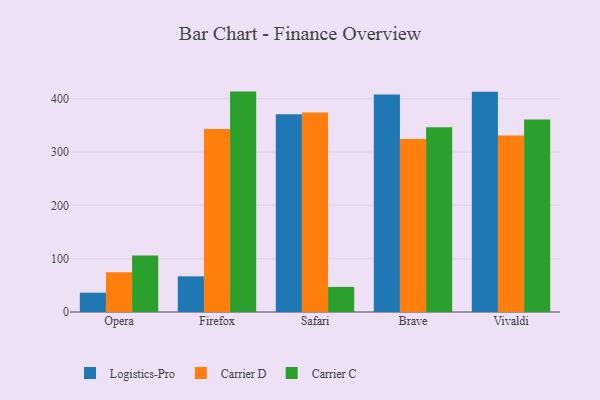
{"axis": {"x": "Browser", "y": "Market Share (%)"}, "legend": ["Carrier C", "Carrier D", "Logistics-Pro"], "data": [{"x": "Opera", "y": 36.3, "type": "Logistics-Pro"}, {"x": "Opera", "y": 74.5, "type": "Carrier D"}, {"x": "Opera", "y": 106.1, "type": "Carrier C"}, {"x": "Firefox", "y": 66.9, "type": "Logistics-Pro"}, {"x": "Firefox", "y": 343.3, "type": "Carrier D"}, {"x": "Firefox", "y": 413.3, "type": "Carrier C"}, {"x": "Safari", "y": 371.0, "type": "Logistics-Pro"}, {"x": "Safari", "y": 374.1, "type": "Carrier D"}, {"x": "Safari", "y": 47.0, "type": "Carrier C"}, {"x": "Brave", "y": 407.7, "type": "Logistics-Pro"}, {"x": "Brave", "y": 324.2, "type": "Carrier D"}, {"x": "Brave", "y": 346.5, "type": "Carrier C"}, {"x": "Vivaldi", "y": 412.9, "type": "Logistics-Pro"}, {"x": "Vivaldi", "y": 330.9, "type": "Carrier D"}, {"x": "Vivaldi", "y": 361.2, "type": "Carrier C"}]}